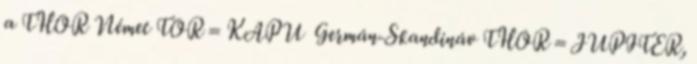
a THOR Német TOR = KAPU Germán-Skandináv THOR = JUPITER,